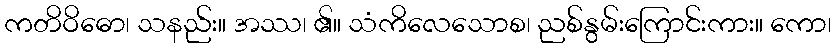
ကတိဝိဓော၊ သနည်း။ အဿ၊ ၏။ သံကိလေသောစ၊ ညစ်နွမ်းကြောင်းကား။ ကော၊